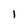
Character: I